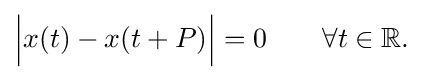
{\Big |}x(t)-x(t+P){\Big |}=0\qquad \forall t\in \mathbb {R} .\